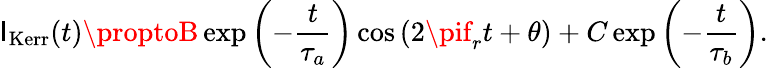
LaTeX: \mathsf{I}_{\mathrm{{Kerr}}}(t)\proptoB\exp{\left(-\frac{{t}}{{\tau_{a}}}\right)}\cos{(2\pif_{r}t+\theta)}+C\exp{\left(-\frac{{t}}{{\tau_{b}}}\right)}.